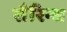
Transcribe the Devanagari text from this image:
सैरिन्ध